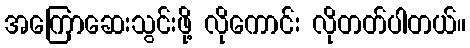
အကြောဆေးသွင်းဖို့ လိုကောင်း လိုတတ်ပါတယ်။